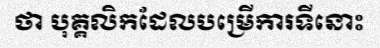
ថា បុគ្គលិកដែលបម្រើការទីនោះ